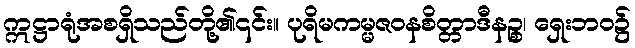
ဣဋ္ဌာရုံအစရှိသည်တို့၏၎င်း။ ပုရိမကမ္မဇဝနစိတ္တာဒီနဉ္စ၊ ရှေးဘဝ၌